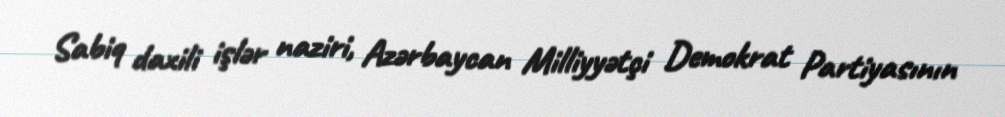
Sabiq daxili işlər naziri, Azərbaycan Milliyyətçi Demokrat Partiyasının